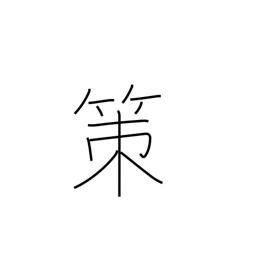
Meaning: policy